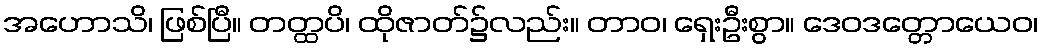
အဟောသိ၊ ဖြစ်ပြီ။ တတ္ထပိ၊ ထိုဇာတ်၌လည်း။ တာဝ၊ ရှေးဦးစွာ။ ဒေဝဒတ္တောယေဝ၊